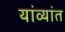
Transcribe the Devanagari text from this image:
यांव्यांत